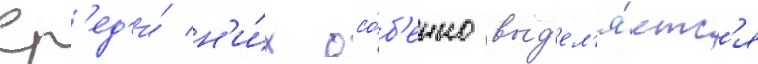
Ср'ед'и́ н'и́х осо́б'енно выд'ел'я́етс'я